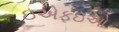
ઇએફઇઓ